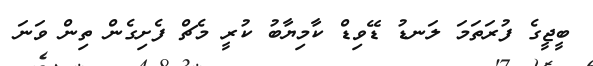
ބީޖީގެ ފުރަތަމަ ލަނޑު ޑޭވިޑް ކާމިޔާބު ކުރީ މެޗް ފެށިގެން ތިން ވަނަ